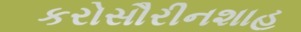
કરોસૌરીનશાહ